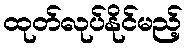
ထုတ်လုပ်နိုင်မည့်